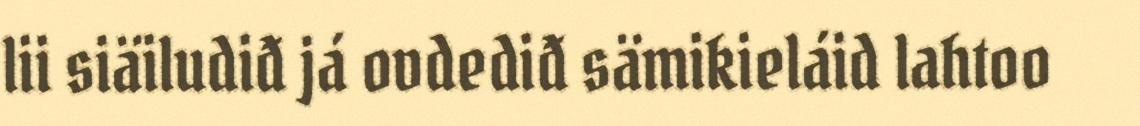
lii siäiludiđ já ovdediđ sämikieláid lahtoo